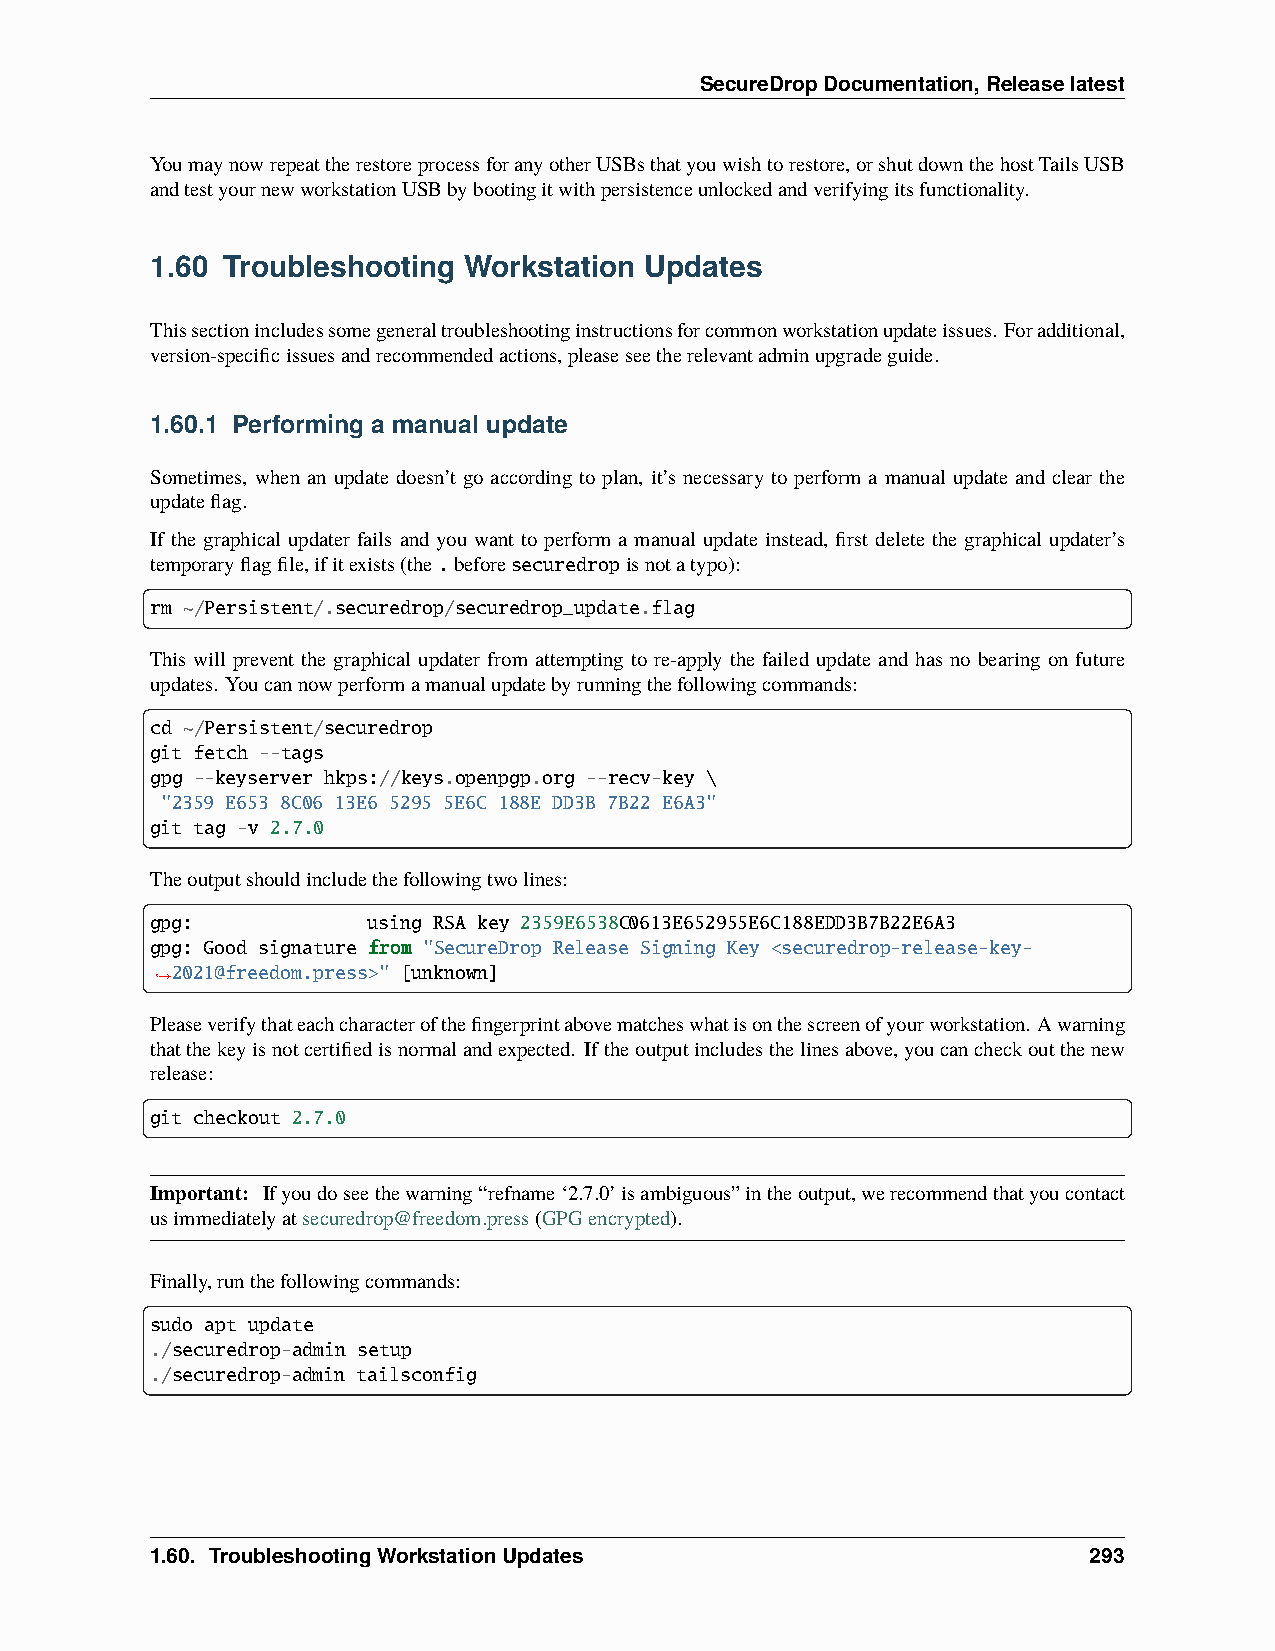
SecureDropDocumentation,Releaselatest
 YoumaynowrepeattherestoreprocessforanyotherUSBsthatyouwishtorestore,orshutdownthehostTailsUSB
 andtestyournewworkstationUSBbybootingitwithpersistenceunlockedandverifyingitsfunctionality.
 1.60 Troubleshooting Workstation Updates
 Thissectionincludessomegeneraltroubleshootinginstructionsforcommonworkstationupdateissues. Foradditional,
 version-specificissuesandrecommendedactions,pleaseseetherelevantadminupgradeguide.
 1.60.1 Performing a manual update
 Sometimes, when an update doesn’t go according to plan, it’s necessary to perform a manual update and clear the
 updateflag.
 If the graphical updater fails and you want to perform a manual update instead, first delete the graphical updater’s
 temporaryflagfile,ifitexists(the.beforesecuredropisnotatypo):
 rm ~/Persistent/.securedrop/securedrop_update.flag
 This will prevent the graphical updater from attempting to re-apply the failed update and has no bearing on future
 updates. Youcannowperformamanualupdatebyrunningthefollowingcommands:
 cd ~/Persistent/securedrop
 git fetch --tags
 gpg --keyserver hkps://keys.openpgp.org --recv-key \
 "2359 E653 8C06 13E6 5295 5E6C 188E DD3B 7B22 E6A3"
 git tag -v 2.7.0
 Theoutputshouldincludethefollowingtwolines:
 gpg:          using RSA key 2359E6538C0613E652955E6C188EDD3B7B22E6A3
 gpg: Good signature from "SecureDrop Release Signing Key <securedrop-release-key-
 2021@freedom.press>" [unknown]
 ˓→
 Pleaseverifythateachcharacterofthefingerprintabovematcheswhatisonthescreenofyourworkstation. Awarning
 thatthekeyisnotcertifiedisnormalandexpected. Iftheoutputincludesthelinesabove,youcancheckoutthenew
 release:
 git checkout 2.7.0
 Important: Ifyoudoseethewarning“refname‘2.7.0’isambiguous”intheoutput,werecommendthatyoucontact
 usimmediatelyatsecuredrop@freedom.press(GPGencrypted).
 Finally,runthefollowingcommands:
 sudo apt update
 ./securedrop-admin setup
 ./securedrop-admin tailsconfig
 1.60. TroubleshootingWorkstationUpdates                       293